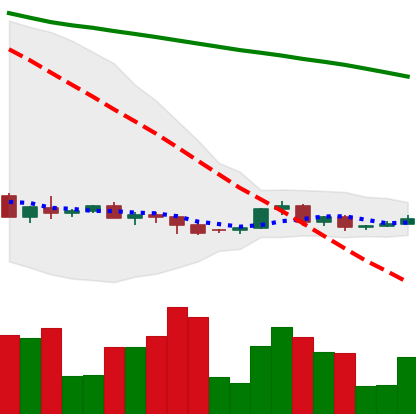
Ticker: XRP-USD
Chart end date: 2022-06-06
Forward return: -10.914%
Label: down_7plus